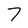
Character: 7